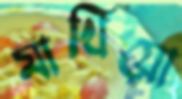
মাখিয়ো